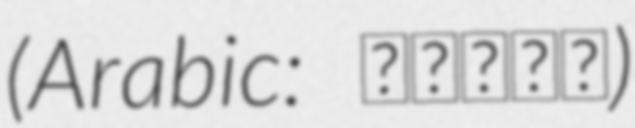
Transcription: (Arabic: زبادة)